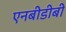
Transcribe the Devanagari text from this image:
एनबीडीबी